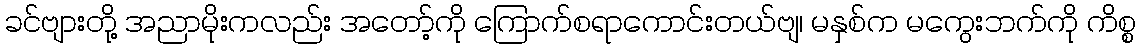
ခင်ဗျားတို့ အညာမိုးကလည်း အတော့်ကို ကြောက်စရာကောင်းတယ်ဗျ၊ မနှစ်က မကွေးဘက်ကို ကိစ္စ